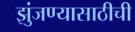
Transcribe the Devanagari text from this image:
झुंजण्यासाठीची